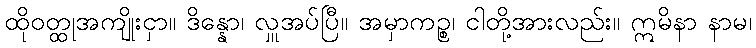
ထိုဝတ္ထုအကျိုးငှာ။ ဒိန္နော၊ လှူအပ်ပြီ။ အမှာကဉ္စ၊ ငါတို့အားလည်း။ ဣမိနာ နာမ၊